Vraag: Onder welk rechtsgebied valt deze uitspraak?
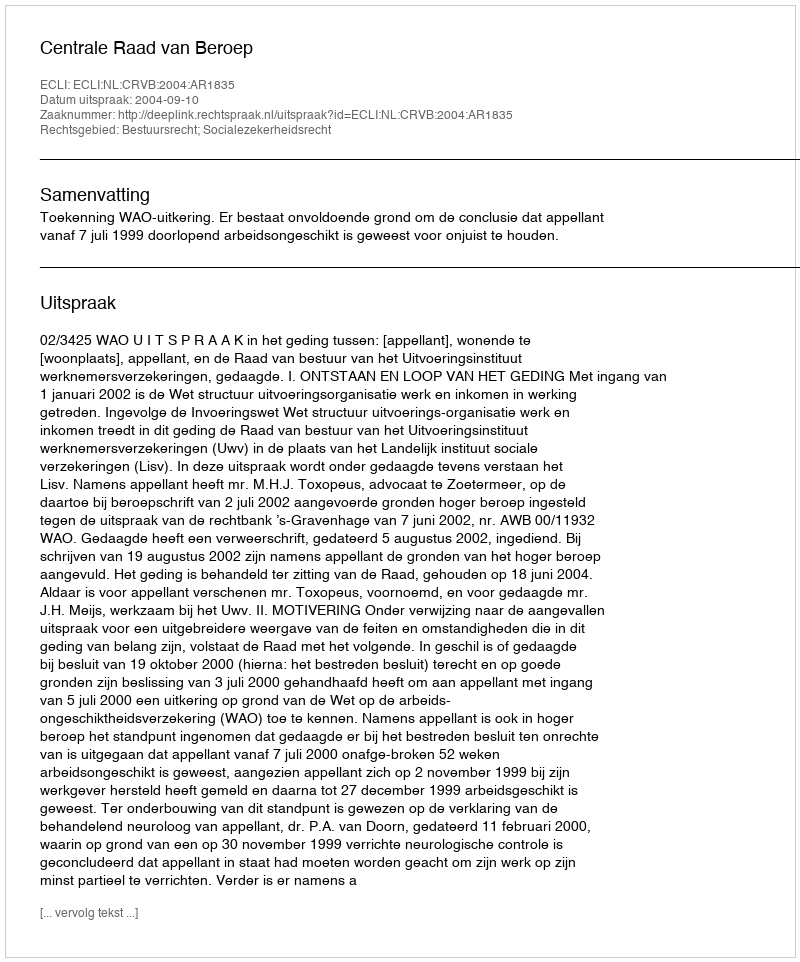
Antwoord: Bestuursrecht; Socialezekerheidsrecht